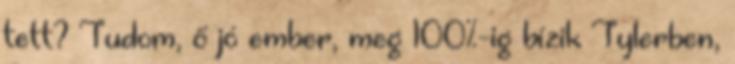
tett? Tudom, ő jó ember, meg 100%-ig bízik Tylerben,